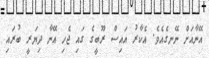
އޭނާއަށް ނޭނގެއެވެ. އެކާރު އައިސް ރޫބީގެ ގައި ޖެހި އޭނާ ދިޔަރީ ބުރައި